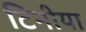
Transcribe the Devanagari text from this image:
टिनीया